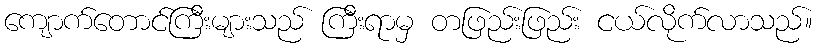
ကျောက်တောင်ကြီးများသည် ကြီးရာမှ တဖြည်းဖြည်း ငယ်လိုက်လာသည်။